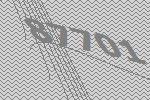
87701